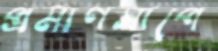
প্রমাণসাপে